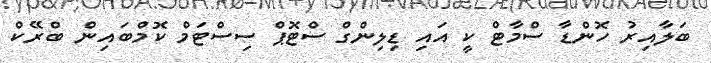
ބަލާއިރު ހޮންޑާ ސްމާޓް ކީ އައި ޑިލިންގް ސްޓޮޕް ސިސްޓަމް ކޮމްބައިން ބްރޭކް